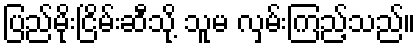
ပြည်မိုးငြိမ်းဆီသို့ သူမ လှမ်းကြည့်သည်။